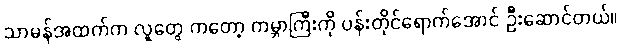
သာမန်အထက်က လူတွေ ကတော့ ကမ္ဘာကြီးကို ပန်းတိုင်ရောက်အောင် ဦးဆောင်တယ်။